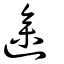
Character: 遪